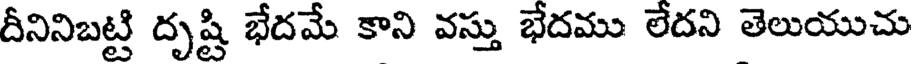
దీనినిబట్టి దృష్టి భేదమే కాని వస్తు భేదము లేదని తెలుయుచు